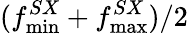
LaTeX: (f_{\operatorname*{min}}^{SX}+f_{\operatorname*{max}}^{SX})/2